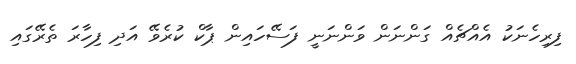
ފިރިހެނަކު އެއްޗެއް ގަންނަން ވަންނަނީ ފަސޭހައިން ޕާކް ކުރެވޭ އަދި ފިހާރަ ތެރޭގައި